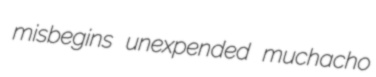
misbegins unexpended muchacho